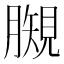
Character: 𧡯